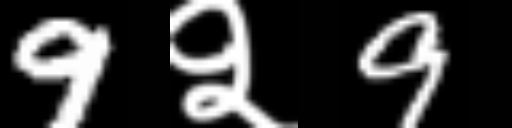
Text: 9२9